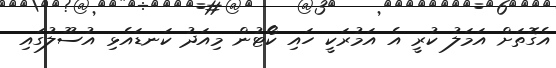
އެގޮތަށް އަމަލު ކުރީ އެ އަމުރަކީ ހައި ކޯޓުން މިއަދު ކަނޑައެޅި އުސޫލުގައި